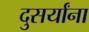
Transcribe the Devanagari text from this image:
दुसर्यांना